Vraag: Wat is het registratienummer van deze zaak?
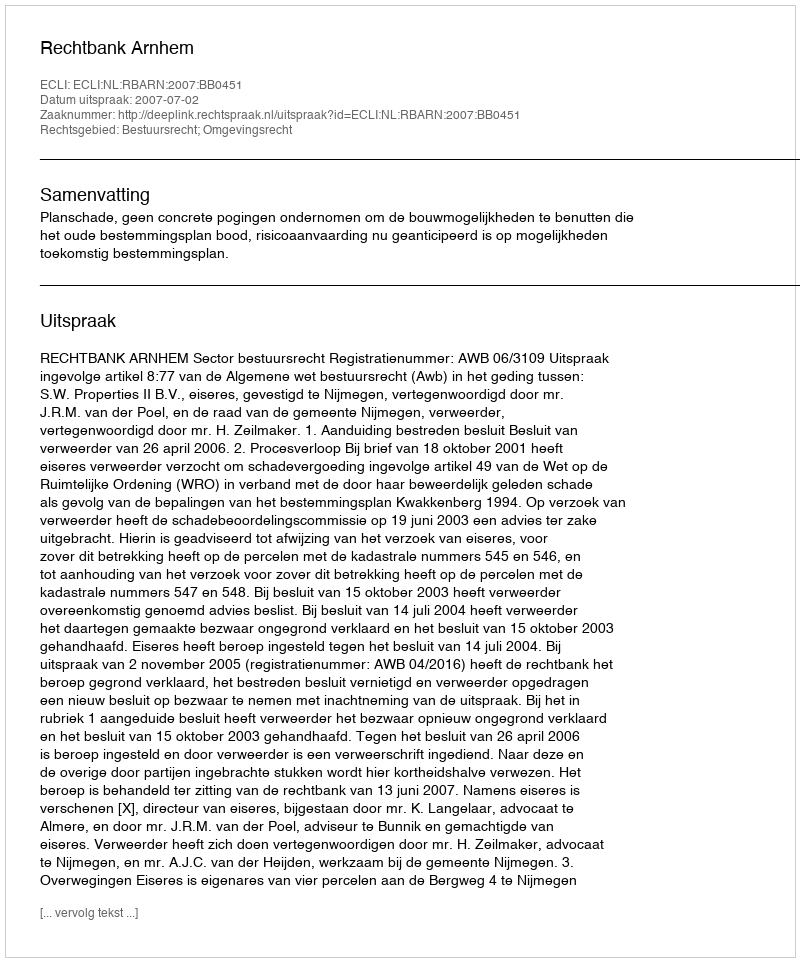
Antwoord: http://deeplink.rechtspraak.nl/uitspraak?id=ECLI:NL:RBARN:2007:BB0451